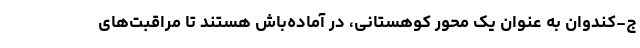
ج-کندوان به عنوان یک محور کوهستانی، در آماده‌باش هستند تا مراقبت‌های